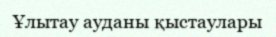
Ұлытау ауданы қыстаулары